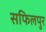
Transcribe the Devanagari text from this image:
सफिलपुर